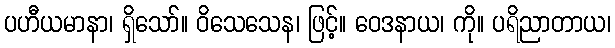
ပဟီယမာနာ၊ ရှိသော်။ ဝိသေသေန၊ ဖြင့်။ ဝေဒနာယ၊ ကို။ ပရိညာတာယ၊